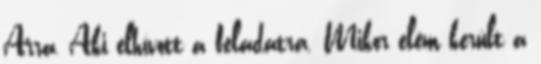
Arra, Aki elhívott a feladatra. Mikor elém került a